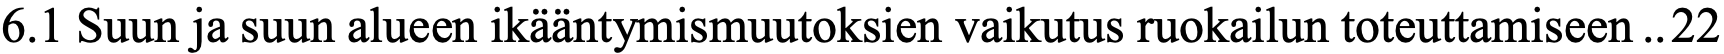
6.1 Suun ja suun alueen ikääntymismuutoksien vaikutus ruokailun toteuttamiseen .. 22